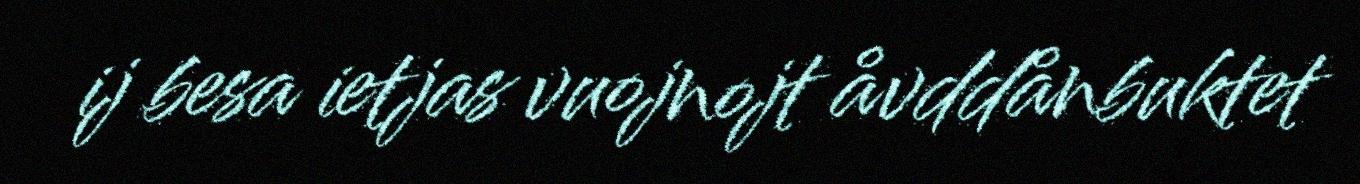
ij besa ietjas vuojnojt åvddånbuktet